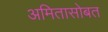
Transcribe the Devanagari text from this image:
अमितासोबत